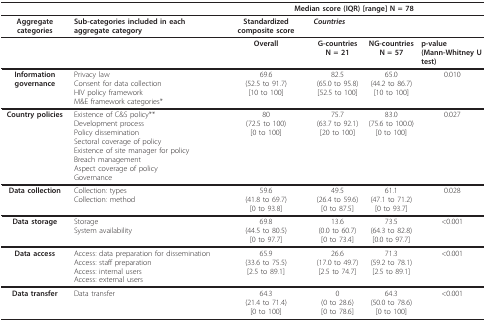
<table><thead><tr><td></td><td></td><td colspan="4"><b>Median score (IQR) [range] N = 78</b></td></tr></thead><tbody><tr><td><b>Aggregate categories</b></td><td><b>Sub-categories included in each aggregate category</b></td><td><b>Standardized composite score</b></td><td colspan="3"><b><i>Countries</i></b></td></tr><tr><td></td><td></td><td><b>Overall</b></td><td><b>G-countries</b><b>N = 21</b></td><td><b>NG-countries</b><b>N = 57</b></td><td><b>p-value</b><b>(Mann-Whitney U test)</b></td></tr><tr><td><b>Information governance</b></td><td>Privacy lawConsent for data collectionHIV policy frameworkM&amp;E framework categories*</td><td>69.6(52.5 to 91.7)[10 to 100]</td><td>82.5(65.0 to 95.8)[52.5 to 100]</td><td>65.0(44.2 to 86.7)[10 to 100]</td><td>0.010</td></tr><tr><td><b>Country policies</b></td><td>Existence of C&amp;S policy**Development processPolicy disseminationSectoral coverage of policyExistence of site manager for policyBreach managementAspect coverage of policyGovernance</td><td>80(72.5 to 100)[0 to 100]</td><td>75.7(63.7 to 92.1)[20 to 100]</td><td>83.0(75.6 to 100.0)[0 to 100]</td><td>0.027</td></tr><tr><td><b>Data collection</b></td><td>Collection: typesCollection: method</td><td>59.6(41.8 to 69.7)[0 to 93.8]</td><td>49.5(26.4 to 59.6)[0 to 87.5]</td><td>61.1(47.1 to 71.2)[0 to 93.7]</td><td>0.028</td></tr><tr><td><b>Data storage</b></td><td>StorageSystem availability</td><td>69.8(44.5 to 80.5)[0 to 97.7]</td><td>13.6(0.0 to 60.7)[0 to 73.4]</td><td>73.5(64.3 to 82.8)[0.0 to 97.7]</td><td>&lt;0.001</td></tr><tr><td><b>Data access</b></td><td>Access: data preparation for disseminationAccess: staff preparationAccess: internal usersAccess: external users</td><td>65.9(33.6 to 75.5)[2.5 to 89.1]</td><td>26.6(17.0 to 49.7)[2.5 to 74.7]</td><td>71.3(59.2 to 78.1)[2.5 to 89.1]</td><td>&lt;0.001</td></tr><tr><td><b>Data transfer</b></td><td>Data transfer</td><td>64.3(21.4 to 71.4)[0 to 100]</td><td>0(0 to 28.6)[0 to 78.6]</td><td>64.3(50.0 to 78.6)[0 to 100]</td><td>&lt;0.001</td></tr></tbody></table>